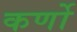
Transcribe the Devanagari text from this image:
कर्णो